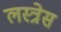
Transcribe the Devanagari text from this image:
लस्त्रेस